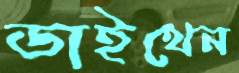
ডাইথেন